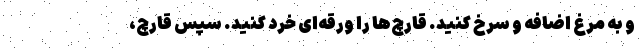
و به مرغ اضافه و سرخ کنید. قارچ‌ها را ورقه‌ای خرد کنید. سپس قارچ،